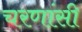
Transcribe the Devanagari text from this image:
चरणांसी